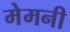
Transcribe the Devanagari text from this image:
मेमनी